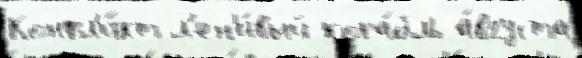
Конфл'и́кт л'ен'и́вый кора́бль а́вгуста